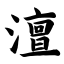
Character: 澶